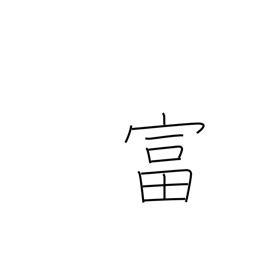
Meaning: enrich